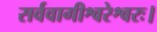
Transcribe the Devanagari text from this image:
सर्ववागीश्वरेश्वरः।